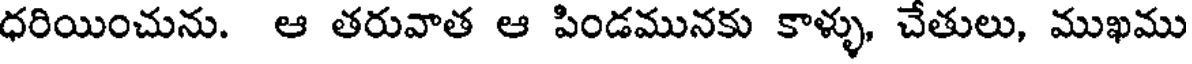
ధరియించును. ఆ తరువాత ఆ పిండమునకు కాళ్ళు, చేతులు, ముఖము